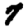
Digit: 7